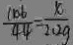
\frac { 1 0 6 } { 4 4 } = \frac { x } { 2 . 2 g }